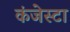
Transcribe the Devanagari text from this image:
कंजेस्टा